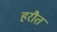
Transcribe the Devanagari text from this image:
हरौत